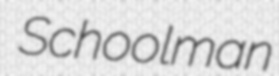
Schoolman